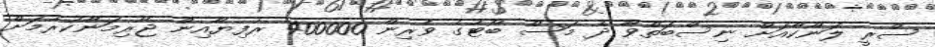
ސްރީ ލަންކާއަށް ނިސްބަތްވާ ދެ މަސް ބޯޓުގެ ވެރިން 400000 ރުފިޔާއިން ޖޫރިމަނާކުރުމަށް